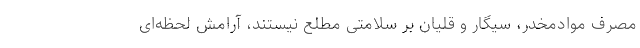
مصرف موادمخدر، سیگار و قلیان بر سلامتی مطلع نیستند، آرامش لحظه‌ای